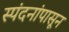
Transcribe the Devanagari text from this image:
स्पंदनांपासून